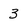
Character: 3